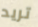
تريد